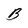
Character: A